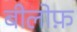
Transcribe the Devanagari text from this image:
बीलोफ़